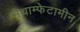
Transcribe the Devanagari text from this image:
मेथाम्फेटामीन